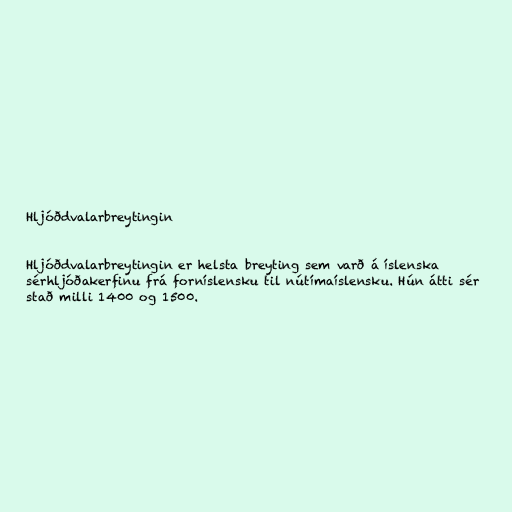
Hljóðdvalarbreytingin

Hljóðdvalarbreytingin er helsta breyting sem varð á íslenska
sérhljóðakerfinu frá forníslensku til nútímaíslensku. Hún átti sér
stað milli 1400 og 1500.